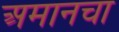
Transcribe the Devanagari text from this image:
अमानचा